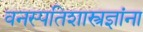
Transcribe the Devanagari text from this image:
वनस्पतिशास्त्रज्ञांना